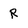
Character: R